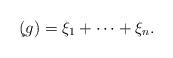
LaTeX: \begin{align*}\c(g) = \xi_1+\cdots + \xi_n.\end{align*}